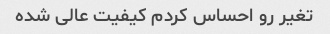
تغیر رو احساس کردم کیفیت عالی شده